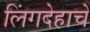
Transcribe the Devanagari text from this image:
लिंगदेहाचे